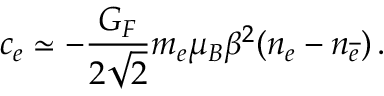
c _ { e } \simeq - \frac { G _ { F } } { 2 \sqrt { 2 } } m _ { e } \mu _ { B } \beta ^ { 2 } ( n _ { e } - n _ { { \overline { { e } } } } ) \, .